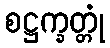
စဋ္ဌက္ခတ္တုံ